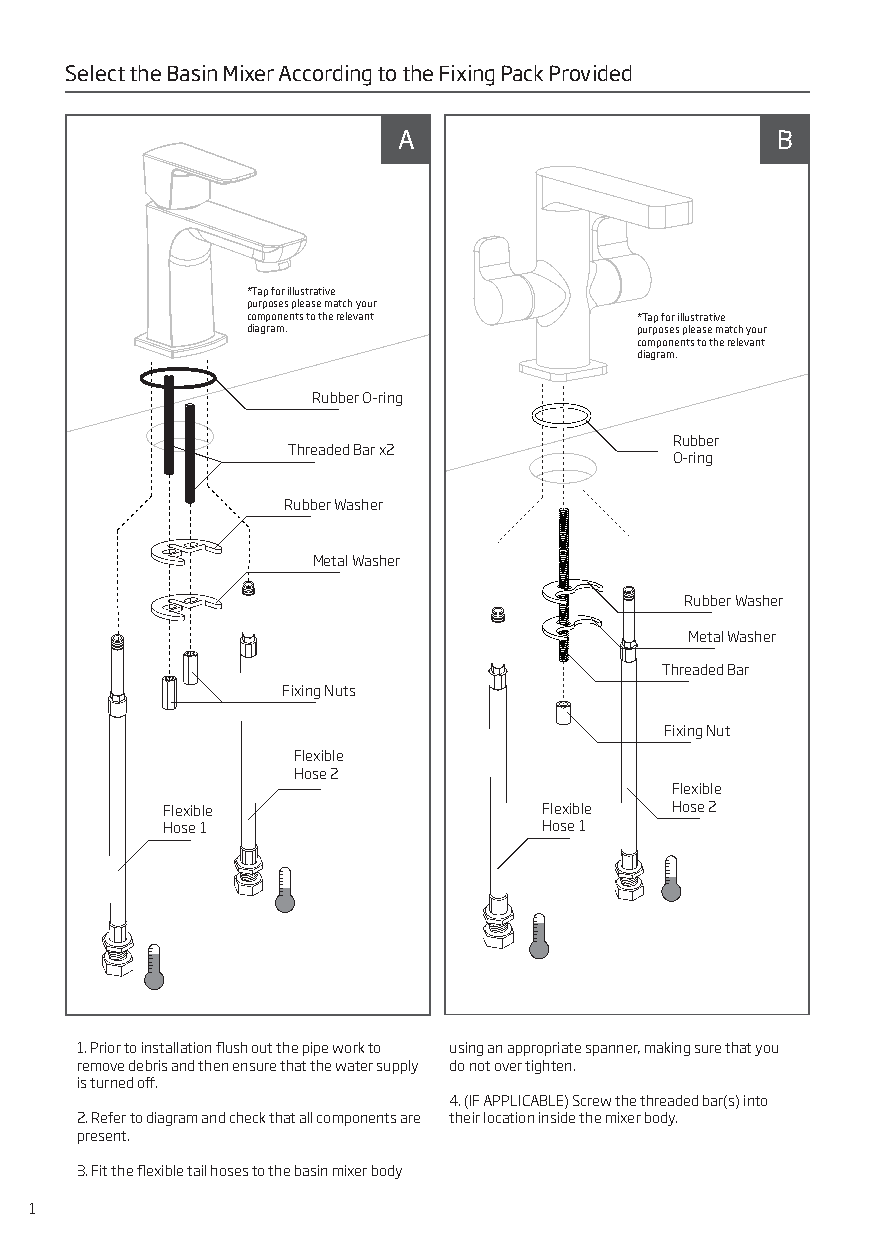
Select the Basin Mixer According to the Fixing Pack Provided
 A                        B
 *Tap for illustrative
 purposes please match your
 components to the relevant *Tap for illustrative
 diagram.                  purposes please match your
 components to the relevant
 diagram.
 Rubber O-ring
 Rubber
 Threaded Bar x2
 O-ring
 Rubber Washer
 Metal Washer
 Rubber Washer
 Metal Washer
 Threaded Bar
 Fixing Nuts
 Fixing Nut
 Flexible
 Hose 2
 Flexible
 Flexible                 Flexible Hose 2
 Hose 1                   Hose 1
 1. Prior to installation flush out the pipe work to using an appropriate spanner, making sure that you
 remove debris and then ensure that the water supply do not over tighten.
 is turned off.
 4. (IF APPLICABLE) Screw the threaded bar(s) into
 2. Refer to diagram and check that all components are their location inside the mixer body.
 present.
 3. Fit the flexible tail hoses to the basin mixer body
 1